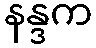
နန္ဒက